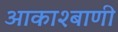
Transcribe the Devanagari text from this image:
आकाश्बाणी